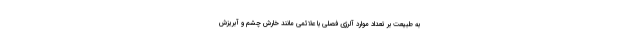
به طبیعت بر تعداد موارد آلرژی فصلی با علائمی مانند خارش چشم و آبریزش